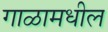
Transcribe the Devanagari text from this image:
गाळामधील